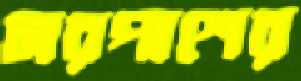
চারপাশের